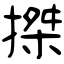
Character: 搩